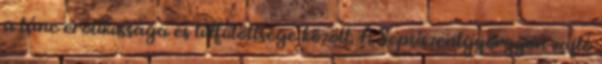
a tánc erotikussága és túlfűtöttsége között. A Sepsiszentgyörgyön zajló